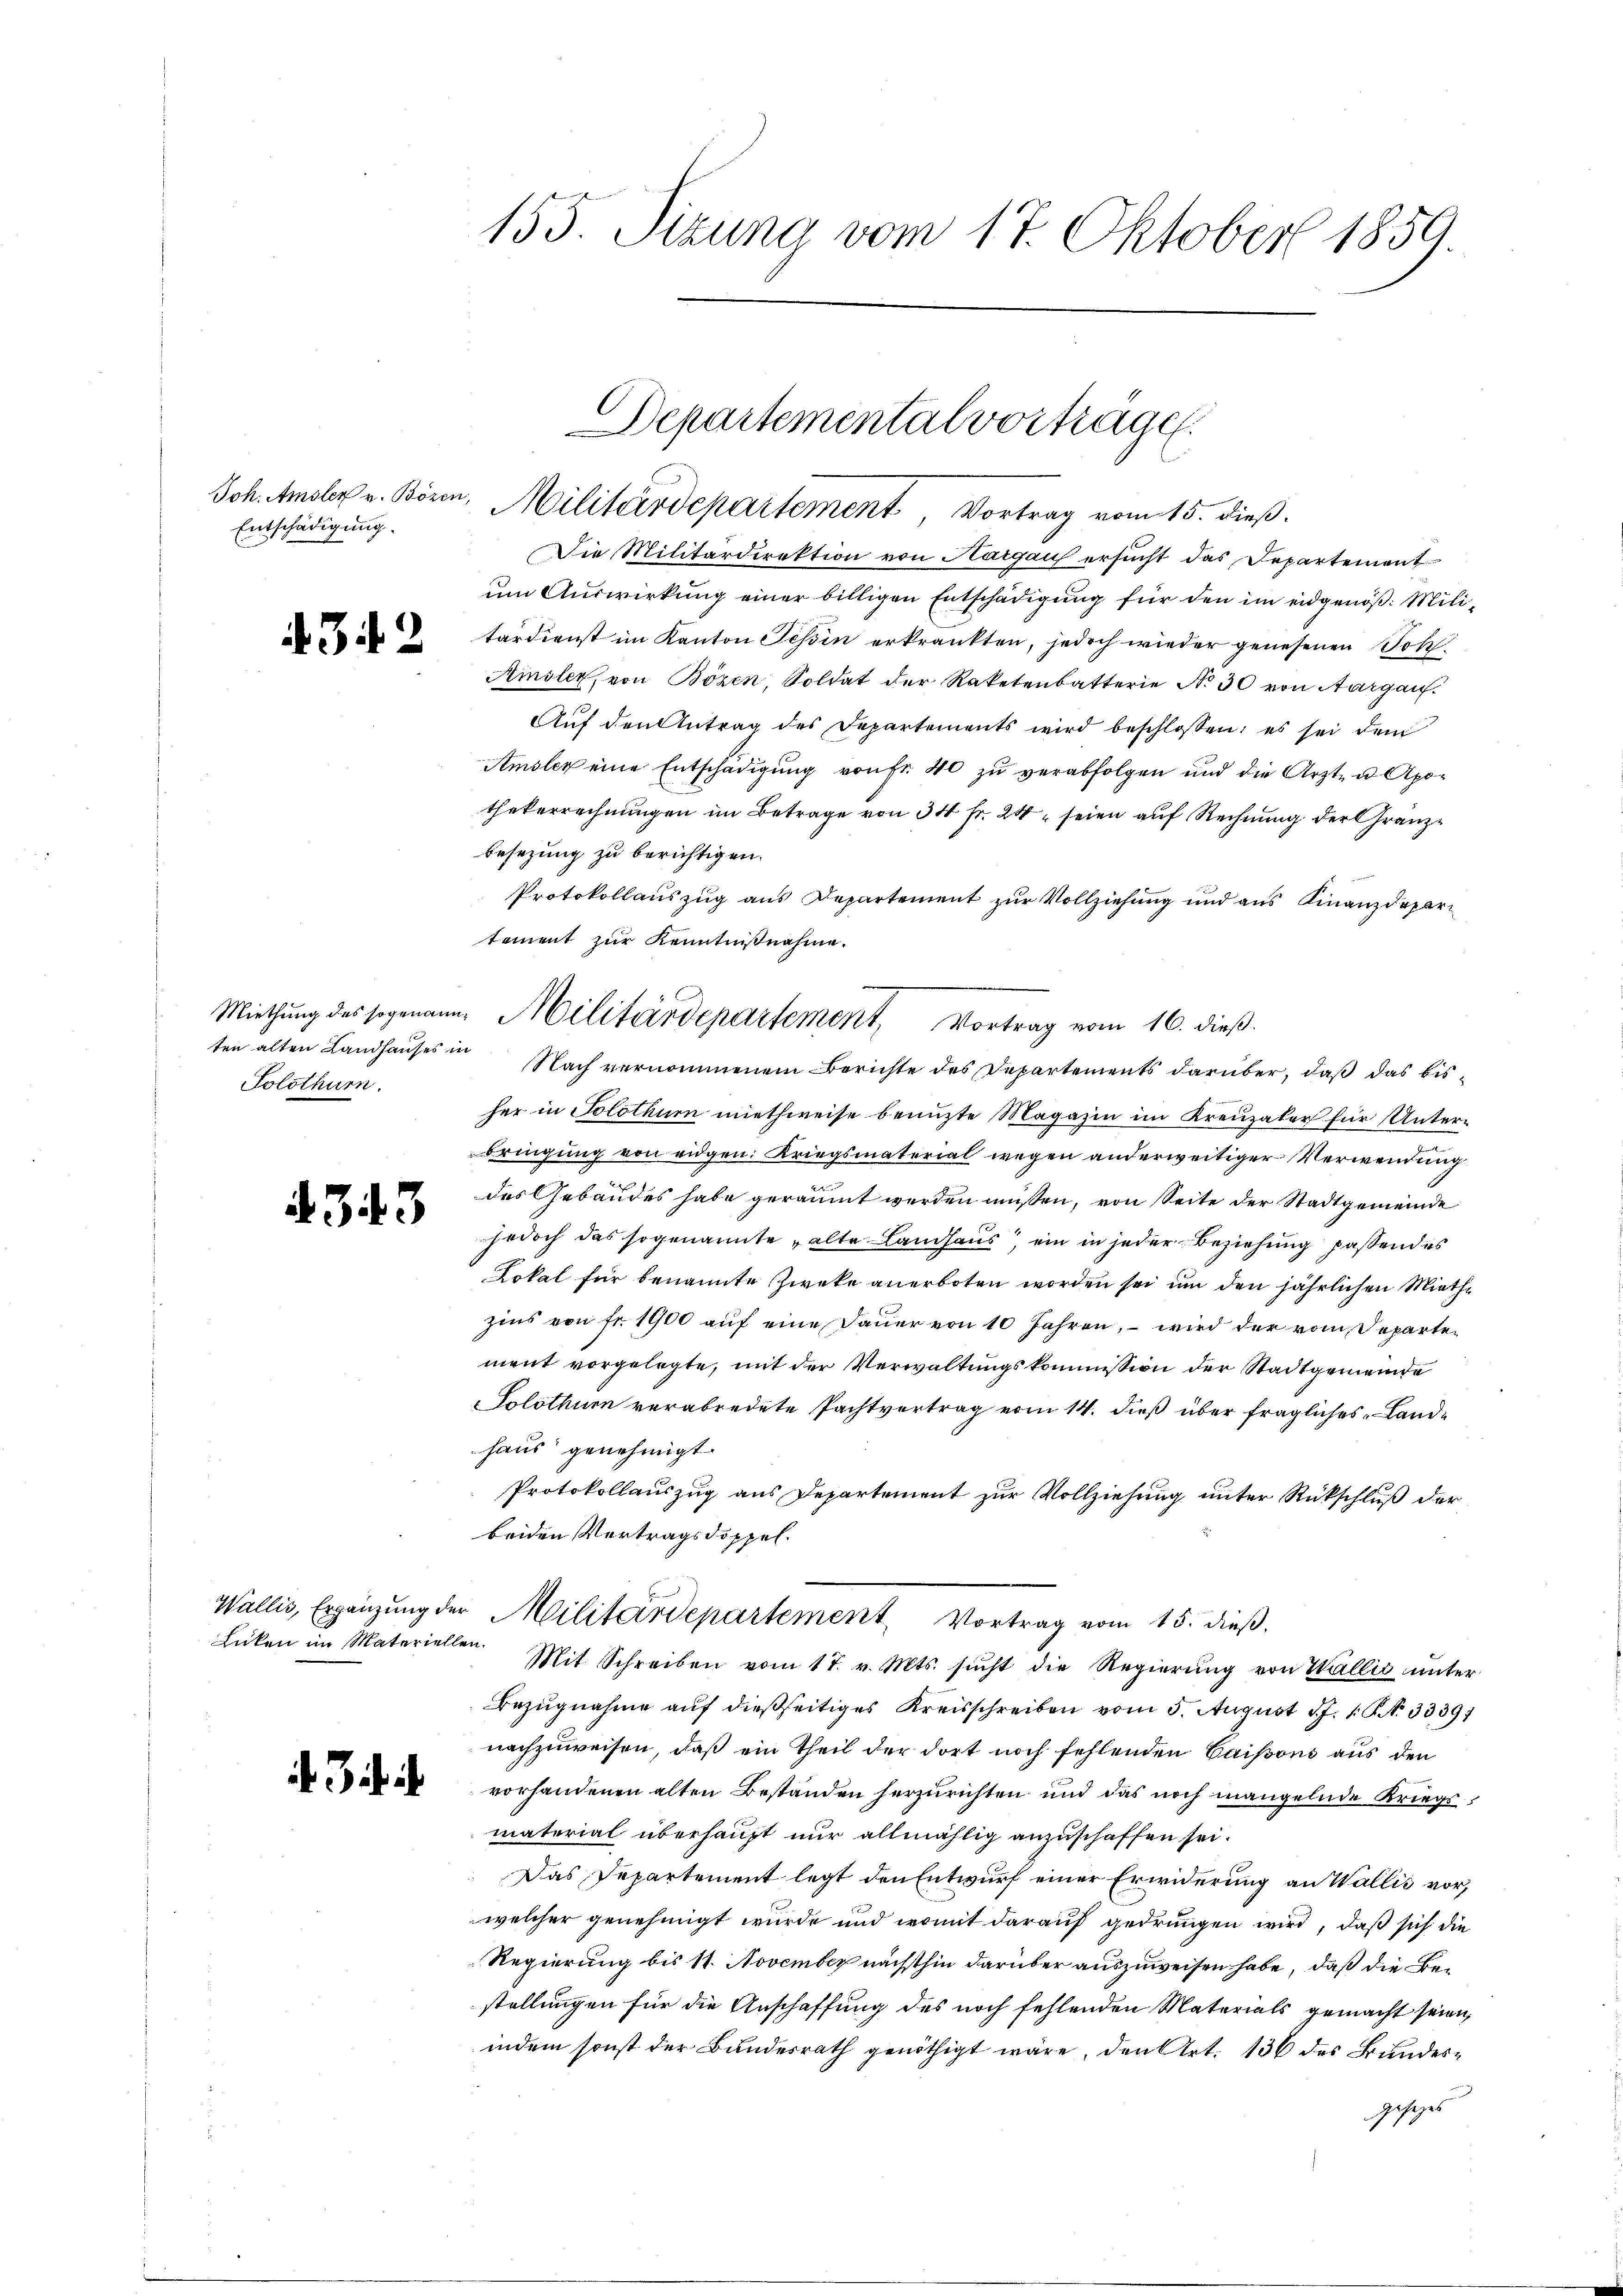
Entschädigung.

3 2

ten alten Landhauses in
Solothurn.

4343

Licken im Materiellen

Bifi

155. Sizung vom 17. Oktober 1859.

Die Militärdirektion von Aargau ersucht das Departement
um Auswirkung einer billigen Entschädigung für den im eidgenöß: Militärdienst im Kanton Tessin erkränkten, jedoch wieder genesenen Joh
Ainsler, von Bözen, Soldat der Raketenbatterie No 30 von Aargau.
Auf den Antrag des Departements wird beschlossen: es sei dem
Amsler eine Entschädigung von Fr. 40 zu verabfolgen und die Arzt- u Apo-
thekerrechnungen im Betrage von 34 fr. 24 seien auf Rechnung der Granzbesezung zu berichtigen.
Protokollauszug aus Departement zur Vollziehung und aus Finanzdepartement zur Kenntnißnahme.
Nach vernommenem Berichte des Departements darüber, daß das bisher in Solothur miethweise benuzte Magazin im Kreuzaber für Unterbringung von eidgen: Kriegsmaterial wegen anderweitiger Verwendung
des Gebäudes habe geräumt werden müßen, von Seite der Stadtgemeinde
jedoch das sogenannte alte Landhaus ein in jeder Beziehung passendes
Lokal für benannte Zwecke anerboten worden sei um den jährlichen Miethe
zins von fr. 1900 auf eine Dauer von 10 Jahren, – wird der vom Departement vorgelegte, mit der Verwaltungskommission der Stadtgemeinde
Solothur verabredete Pachtvertrag vom 14. dieß über fragliches Landhaus genehmigt.
Protokollauszug aus Departement zur Vollziehung unter Rückschluß der
beiden Vertragsdoppel.
Wallis, Ergänzung der Militärdepartement Vortrag vom 15. dieß.
Mit Schreiben vom 17. v. Mts. sucht die Regierung von Wallis unter
Bezugnahme auf dießseitiges Kreisschreiben vom 5. August 17. 1. N. 3339)
nachzuweisen, daß ein Theil der dort noch fehlenden Caisons aus den
vorhandenen alten Bestanden herzurichten und das noch mangelnde Kriegsmaterial überhaupt nur allmählig anzuschaffen sei.
Das Departement legt den Entwurf einer Erwiderung an Wallis vor,
welcher genehmigt wurde und womit darauf gedrungen wird, daß sich die
Regierung bis 11. November nächsthin darüber auszuweisen habe, daß die Bestellungen für die Anschaffung des noch fehlenden Materials gemacht seien,
indem sonst der Bundesrath genöthigt wäre, den Art. 136 des Bundes¬
Zehnges

Departemental vorträge.
Joh. Amsler v. Bören, Militärdepartement, Vortrag vom 15. dieß.

Miethung des sogenaue Militärdepartement, Vortrag vom 16. dieß.